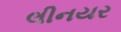
લીનયર